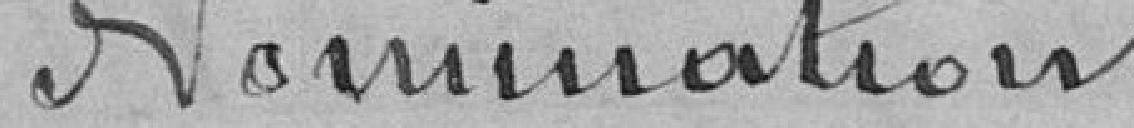
Nomination